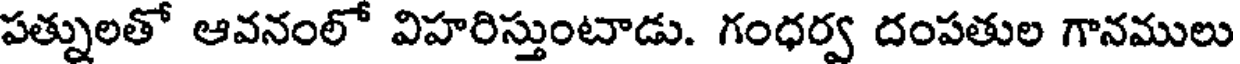
పత్నులతో ఆవనంలో విహరిస్తుంటాడు. గంధర్వ దంపతుల గానములు